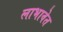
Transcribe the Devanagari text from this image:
लाभावेत